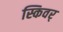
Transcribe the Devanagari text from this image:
स्किवर्